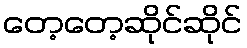
တေ့တေ့ဆိုင်ဆိုင်